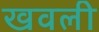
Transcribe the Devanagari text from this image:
खवली